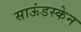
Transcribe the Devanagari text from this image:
साऊंडस्केन